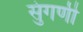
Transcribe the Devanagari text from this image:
सुंगणी